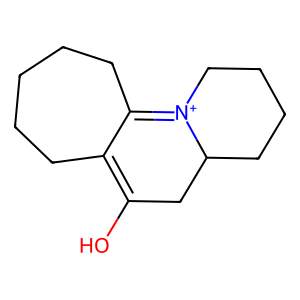
SMILES: OC1=C2CCCCCC2=[N+]2CCCCC2C1
Inhibits HIV replication: No